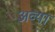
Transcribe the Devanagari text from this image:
अव्या